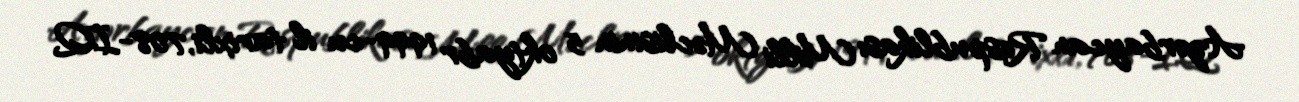
Azərbaycan Respublikası Milli Məclisinin 5 oktyabr 1999-cu il tarixli, 708-IQ